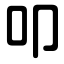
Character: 叩